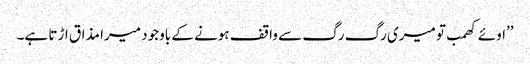
’’اوئے کھمب تو میری رگ رگ سے واقف ہونے کے باوجود میرا مذاق اڑتا ہے۔